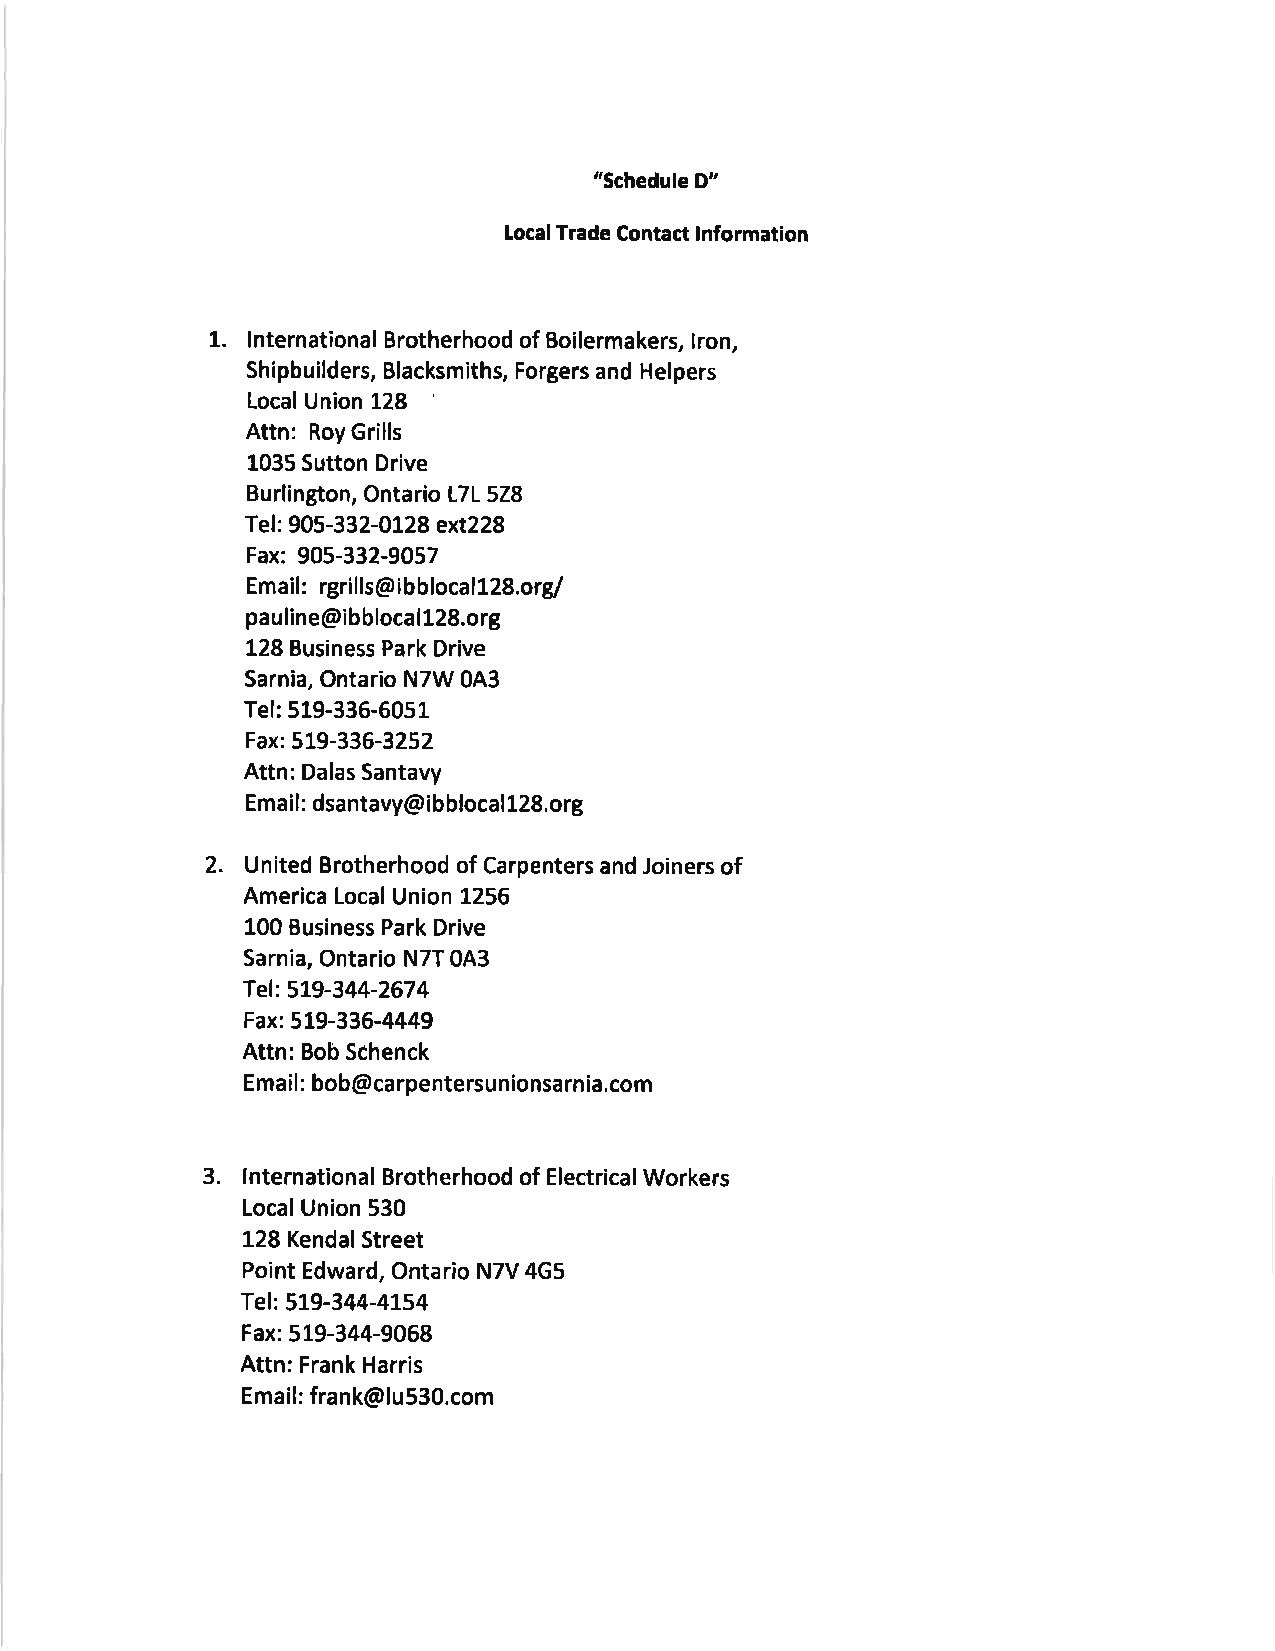
"Schedule D"
 Local Trade Contact lnformation
 1.
 lnternational Brotherhood of Boilermakers, lron,
 Shipbuilders, Blacksmiths, Forgers and Helpers
 Local Union !.28
 Attn: Roy Grills
 1035 Sutton Drive
 Bu rlin gton, Onta rio L7 L 5ZB
 Tel : 905-33 2-AL28 ext228
 Fax: 905-332-9Q57
 :
 Emaif rgri lls@ i bb localt2S.orgf
 pauline@ibblocal128.org
 128 Business Park Drive
 Sarnia, Ontario N7W 0A3
 Tel: 519-336-6051
 Fax: 519-336-3252
 Attn: Dalas Santavy
 Email: dsantavy@ibblocal 128.org
 2.
 United Brotherhood of Carpenters and Joiners of
 America Local Union 1256
 100 Business Park Drive
 Sarnia, Ontario N7T 0A3
 Tel: 519-344-2674
 Fax: 519-336-4449
 Attn: Bob Schenck
 Email : bob@carpentersunionsarnia,com
 3.
 lnternational Brotherhood of Electrical Workers
 LocalUnion 530
 128 Kendal Street
 Point Edward, Ontario N7V 4G5
 Tel: 519-344-4L54
 Fax: 519-344-9068
 Attn: Frank Harris
 Email: frank@lu530.com